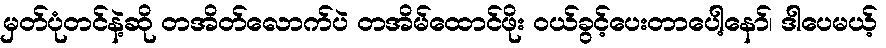
မှတ်ပုံတင်နဲ့ဆို တအိတ်လောက်ပဲ တအိမ်ထောင်ဖိုး ဝယ်ခွင့်ပေးတာပေါ့နော်၊ ဒါပေမယ့်